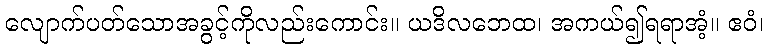
လျောက်ပတ်သောအခွင့်ကိုလည်းကောင်း။ ယဒိလဘေထ၊ အကယ်၍ရရာအံ့။ ဧဝံ၊